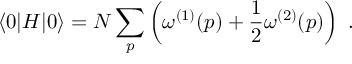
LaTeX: \langle 0 | H | 0 \rangle = N \sum _ { p } \left( \omega ^ { ( 1 ) } ( p ) + \frac { 1 } { 2 } \omega ^ { ( 2 ) } ( p ) \right) \ .